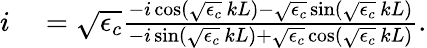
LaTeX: \begin{array}{rl}{i}&{{}=\sqrt{\epsilon_{c}}\frac{-i\cos(\sqrt{\epsilon_{c}}\, kL)-\sqrt{\epsilon_{c}}\sin(\sqrt{\epsilon_{c}}\, kL)}{-i\sin(\sqrt{\epsilon_{c}}\, kL)+\sqrt{\epsilon_{c}}\cos(\sqrt{\epsilon_{c}}\, kL)}.}\end{array}